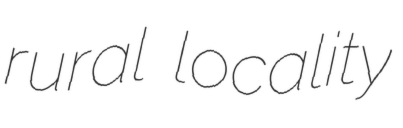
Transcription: rural locality